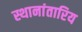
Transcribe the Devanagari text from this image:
स्थानांतारिय